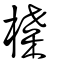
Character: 楪